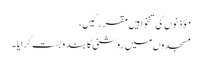
مؤذنوں کی تنخواہیں مقرر کیں،
مسجدوں میں روشنی کا بند و بست کرایا۔